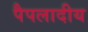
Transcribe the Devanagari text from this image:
पैपलादीय